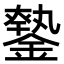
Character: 𨫦